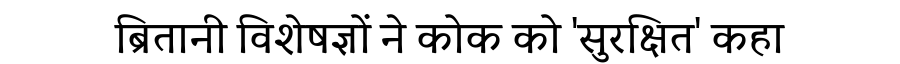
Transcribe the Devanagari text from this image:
ब्रितानी विशेषज्ञों ने कोक को 'सुरक्षित' कहा